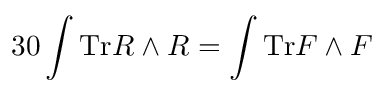
3 0 \int { \mathrm { T r } R \wedge R } = \int { \mathrm { T r } F \wedge F }